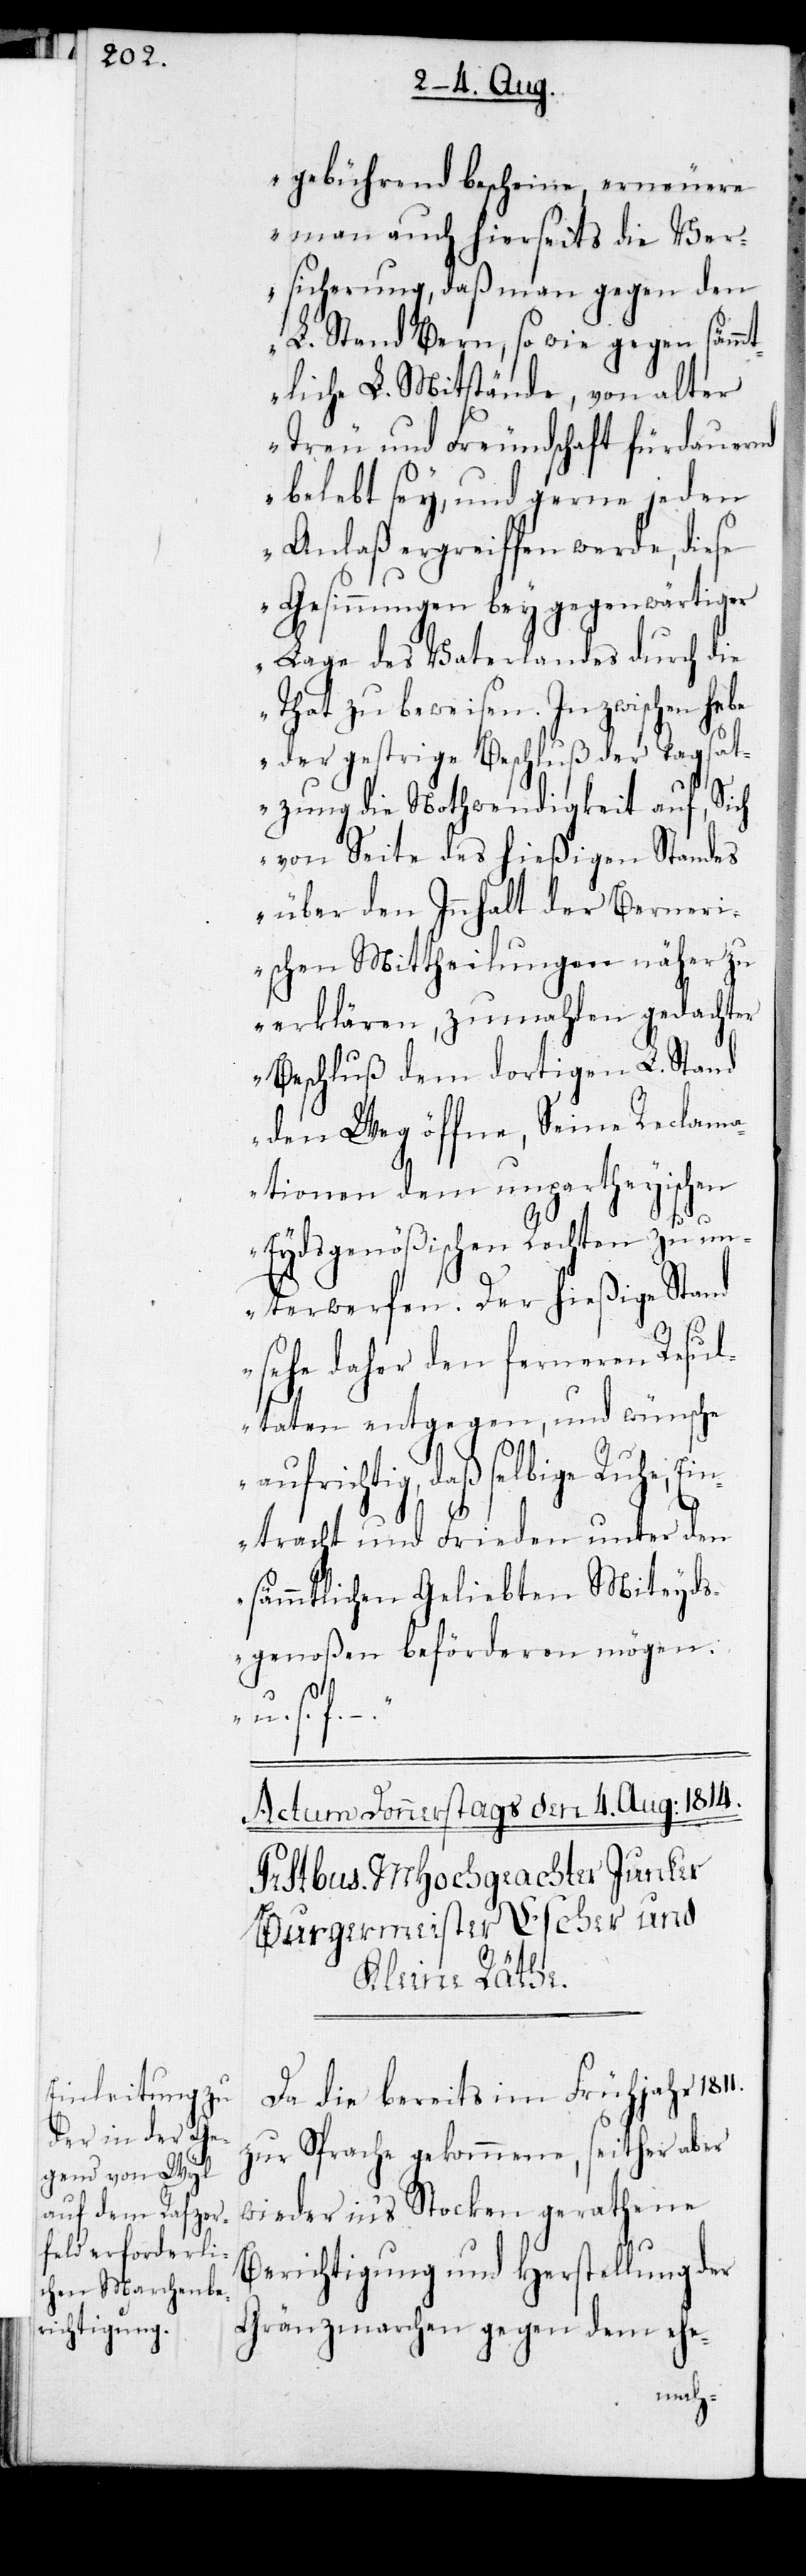
gebührend bescheine, erneuere
man auch hierseits die Ver¬
sicherung, daß man gegen den
L. Stand Bern, so wie gegen sämm¬
tliche L. Mitstände, von alter
Treu und Freundschaft fürdauernd
belebt sey, und gerne jeden
Anlaß ergreiffen werde, diese
Gesinnungen bey gegenwärtiger
Lage des Vaterlandes durch die
That zu beweisen. Inzwischen he¬
be der gestrige Beschluß der Tagsat¬
zung die Nothwendigkeit auf, Sich
von Seite des hießigen Standes
über den Innhalt der Berneri¬
schen Mittheilungen näher zu
erklären, zumahlen gedachte¬
r Beschluß dem dortigen L. Stand
den Weg öffne, Seine Reclama¬
tionen dem [sic!] unpartheyischen
f.
Eydsgenößischen Rechten zu u¬
nterwerfen. Der hießige Stand
sehe daher den ferneren Resul¬
taten entgegen, und wünsche
aufrichtig, daß selbige Ruhe, Ei¬
ntracht und Frieden unter den
sämmtlichen Geliebten Miteyd¬
sgenoßen beförderen mögen u.
Da die bereits im Frühjahr 1811.
zur Sprache gekommene, seither aber
wieder in’s Stocken gerathene
Berichtigung und Herstellung der
Gränzmarchen gegen dem ehe-